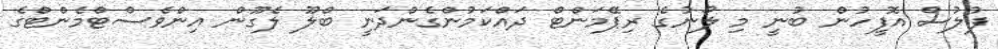
ފުލުސް އޮފީހުން ބުނީ މި ލޯނުގެ ރިޕޭމަންޓް ދައްކަމުންގެންދަނީ ބްލޫ ލެގޫން އިންވެސްޓްމެންޓްގެ